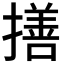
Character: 𢵈